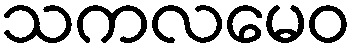
သကလမေဝ